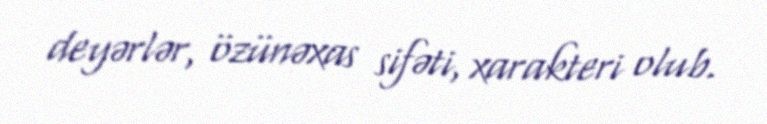
deyərlər, özünəxas sifəti, xarakteri olub.